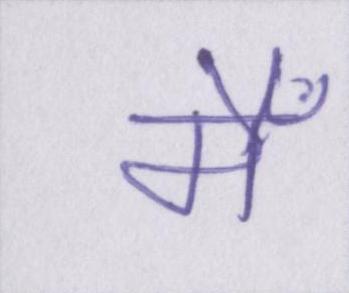
मैँ